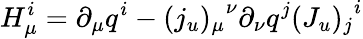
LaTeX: H_{\mu}^{i}=\partial_{\mu}q^{i}-{(j_{u})_{\mu}}^{\nu}\partial_{\nu}q^{j}{(J_{u})_{j}}^{i}